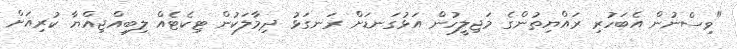
"ވިސްނުން އެބަހުރި ރައްޔިތުންގެ މަޖިލީހުން އަޅުގަނޑަށް ރަނގަޅު ދިމާލަކުން ޓިކެޓެއް ލިބިއްޖިއްޔާ ކުރިއަށް